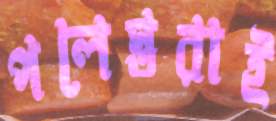
পলেস্তরাই